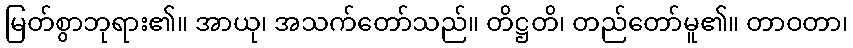
မြတ်စွာဘုရား၏။ အာယု၊ အသက်တော်သည်။ တိဋ္ဌတိ၊ တည်တော်မူ၏။ တာဝတာ၊